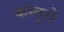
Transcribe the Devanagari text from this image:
कस्तूरों